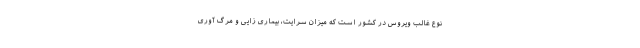
نوع غالب ویروس در کشور است که میزان سرایت، بیماری زایی و مرگ آوری